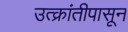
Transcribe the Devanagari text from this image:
उत्क्रांतीपासून